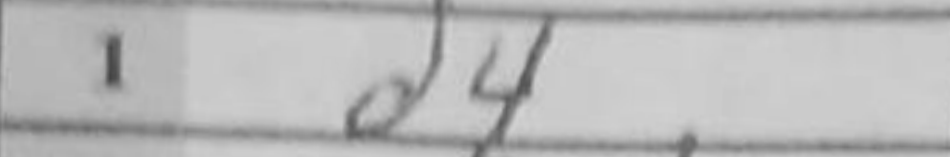
Transcription: d4